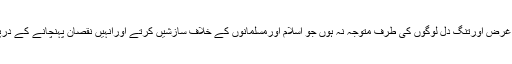
لھذا مسلمان پرواجب ہے کہ وہ ان خود غرض اورتنگ دل لوگوں کی طرف متوجہ نہ ہوں جو اسلام اورمسلمانوں کے خلاف سازشیں کرتے اورانہیں نقصان پہنچانے کے درپے ہوتے ہيں اوران سے ہوشیار رہیں ۔